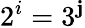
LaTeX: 2^{i}=3^{\mathbf{j}}